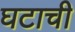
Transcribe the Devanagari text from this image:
घटाची